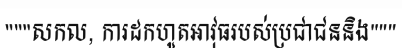
"""សកល, ការដកហូតអាវុធរបស់ប្រជាជននិង"""